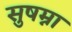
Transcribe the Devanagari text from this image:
सुषम्ना